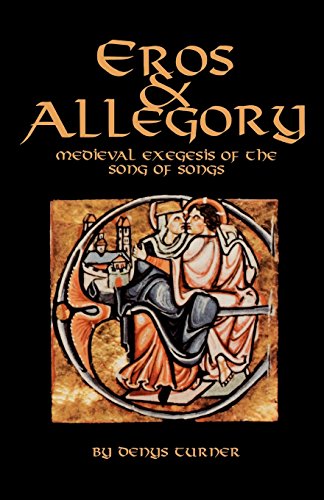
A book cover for Eros And Allegory: Medieval Exegesis of the Song of Songs (Cistercian Studies); Denys Turner; Christian Books & Bibles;